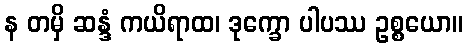
န တမှိ ဆန္ဒံ ကယိရာထ၊ ဒုက္ခော ပါပဿ ဥစ္စယော။